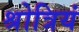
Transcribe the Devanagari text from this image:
श्रोत्रियं